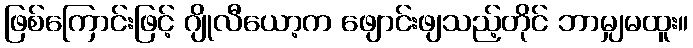
ဖြစ်ကြောင်းဖြင့် ဂျိုလီယော့က ဖျောင်းဖျသည့်တိုင် ဘာမျှမထူး။